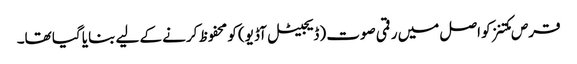
قرص مکتنز کو اصل میں رقمی صوت (ڈیجیٹل آڈیو) کو محفوظ کرنے کے لیے بنایا گیا تھا۔